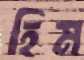
হিম